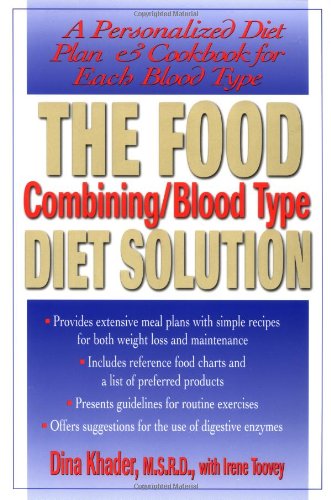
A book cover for The Food Combining/Blood Type Diet Solution: A Personalized Diet Plan and Cookbook for Each Blood Type; Dina Khader; Health, Fitness & Dieting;